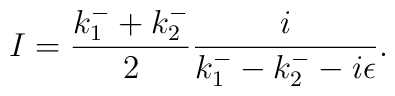
I=\frac{k_{1}^{-}+k_{2}^{-}}{2}\frac{i}{k_{1}^{-}-k_{2}^{-}-i\epsilon}.